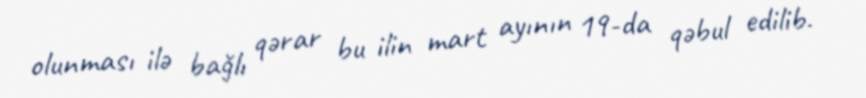
olunması ilə bağlı qərar bu ilin mart ayının 19-da qəbul edilib.